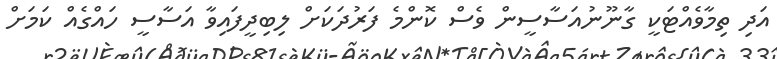
އަދި ތިމާވެއްޓަކީ ގާނޫނުއަސާސީން ވެސް ކޮންމެ ފަރުދަކަށް ލިބިދީފައިވާ އަސާސީ ހައްގެއް ކަމަށް